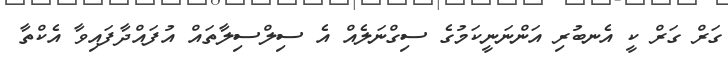
ގަރް ގަރް ކީ އެނބުރި އަންނަނީކަމުގެ ސިގްނަލެއް އެ ސިލްސިލާތައް އުފައްދާފައިވާ އެކްތާ